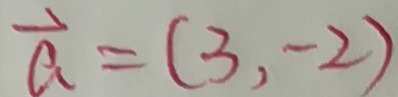
\overrightarrow { a } = ( 3 , - 2 )